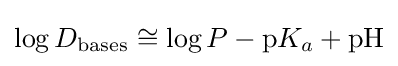
\log D_{\text{bases}}\cong \log P-\mathrm {p} K_{a}+\mathrm {pH}